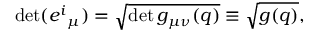
\operatorname * { d e t } ( { e ^ { i } } _ { \mu } ) = \sqrt { \operatorname * { d e t } g _ { \mu \nu } ( q ) } \equiv \sqrt { g ( q ) } ,